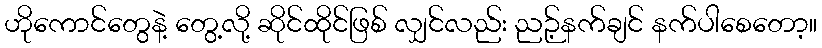
ဟိုကောင်တွေနဲ့ တွေ့လို့ ဆိုင်ထိုင်ဖြစ် လျှင်လည်း ညဉ့်နက်ချင် နက်ပါစေတော့။